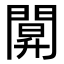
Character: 𨵒